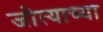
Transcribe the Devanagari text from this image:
जोत्याच्या